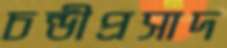
চন্ডীপ্রসাদ